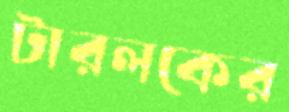
টারলকের